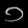
Digit: ၁